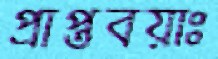
প্রাপ্তবয়াঃ